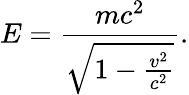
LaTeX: E={\frac{mc^{2}}{\sqrt{1-{\frac{v^{2}}{c^{2}}}}}}.